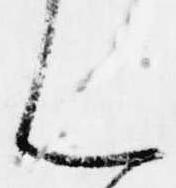
ん